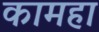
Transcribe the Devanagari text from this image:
कामहा